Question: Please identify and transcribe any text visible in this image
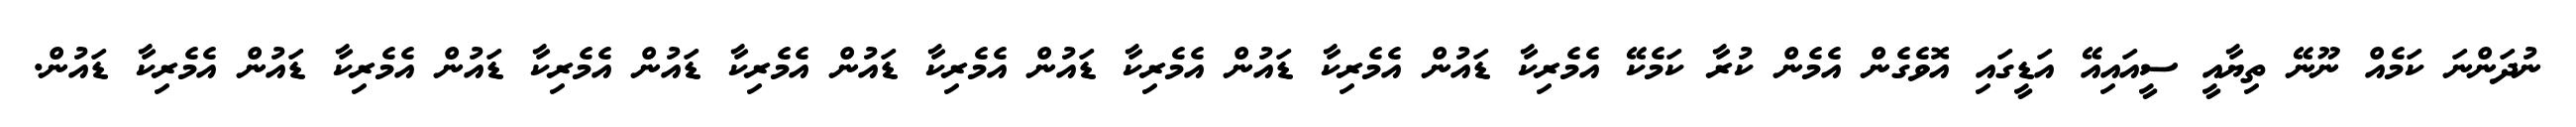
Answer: ނުދަންނަ ކަމެއް ނޫނޭ ތިޔާއީ ސީއައިއޭ އަޑީގައި އޮވެގެން އެމެން ކުރާ ކަމެކޭ އެމެރިކާ ޑައުން އެމެރިކާ ޑައުން އެމެރިކާ ޑައުން އެމެރިކާ ޑައުން އެމެރިކާ ޑައުން އެމެރިކާ ޑައުން އެމެރިކާ ޑައުން އެމެރިކާ ޑައުން.